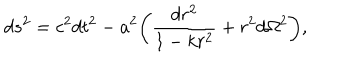
LaTeX: d s ^ { 2 } = c ^ { 2 } d t ^ { 2 } - a ^ { 2 } \biggl ( \frac { d r ^ { 2 } } { 1 - k r ^ { 2 } } + r ^ { 2 } d \Omega ^ { 2 } \biggr ) ,